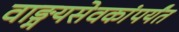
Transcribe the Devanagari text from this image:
वाङ्मयसेवकांपर्यंत